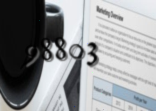
98803